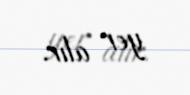
yer alır.